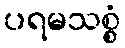
ပရမသစ္စံ